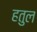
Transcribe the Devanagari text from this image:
हतुल